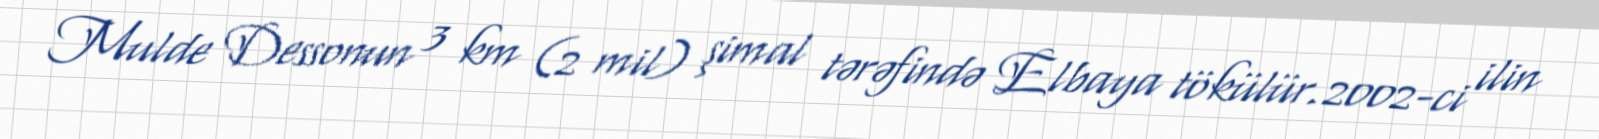
Mulde Dessonun 3 km (2 mil) şimal tərəfində Elbaya tökülür.2002-ci ilin